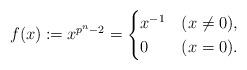
LaTeX: \begin{align*}f(x) \coloneqq x^{p^{n}-2} =\begin{cases}x^{-1} & (x \neq 0), \\0 & (x=0).\end{cases}\end{align*}